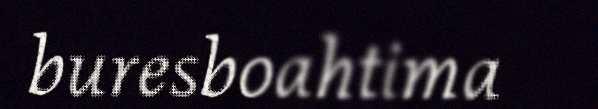
buresboahtima